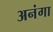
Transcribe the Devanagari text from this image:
अनंगा